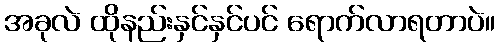
အခုလဲ ထိုနည်းနှင်နှင်ပင် ရောက်လာရတာပဲ။